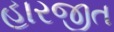
હારજીત